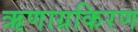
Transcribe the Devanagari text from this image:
ऋणाग्रकिरण